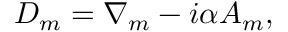
D _ { m } = \nabla _ { m } - i \alpha A _ { m } ,